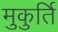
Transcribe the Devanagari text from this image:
मुकुर्ति